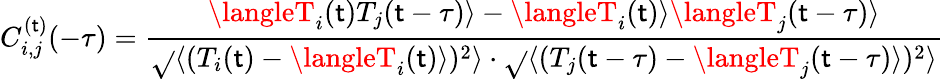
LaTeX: C_{i,j}^{(\mathsf{t})}(-\tau)=\frac{{\langleT_{i}(\mathsf{t})T_{j}(\mathsf{t}-\tau)\rangle-\langleT_{i}(\mathsf{t})\rangle\langleT_{j}(\mathsf{t}-\tau)\rangle}}{{\sqrt{}{{\langle(T_{i}(\mathsf{t})-\langleT_{i}(\mathsf{t})\rangle)^{2}\rangle}}\cdot\sqrt{}{{\langle(T_{j}(\mathsf{t}-\tau)-\langleT_{j}(\mathsf{t}-\tau)\rangle)^{2}\rangle}}}}